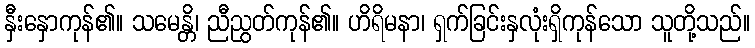
နှီးနှောကုန်၏။ သမေန္တိ၊ ညီညွတ်ကုန်၏။ ဟိရိမနာ၊ ရှက်ခြင်းနှလုံးရှိကုန်သော သူတို့သည်။